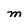
Character: M